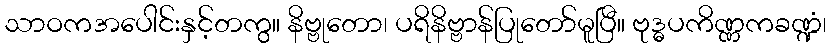
သာဝကအပေါင်းနှင့်တကွ။ နိဗ္ဗုတော၊ ပရိနိဗ္ဗာန်ပြုတော်မူပြီ။ ဗုဒ္ဓပကိဏ္ဏကခဏ္ဍံ၊